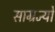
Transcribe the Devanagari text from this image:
साम्रज्यों